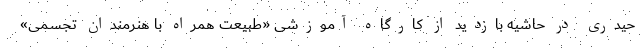
حیدری در حاشیه بازدید از کارگاه آموزشی «طبیعت همراه با هنرمندان تجسمی»